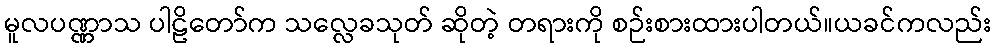
မူလပဏ္ဏာသ ပါဠိတော်က သလ္လေခသုတ် ဆိုတဲ့ တရားကို စဉ်းစားထားပါတယ်။ယခင်ကလည်း